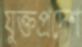
যুক্তপ্রদেশ